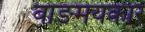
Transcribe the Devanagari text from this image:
वाङमयकार